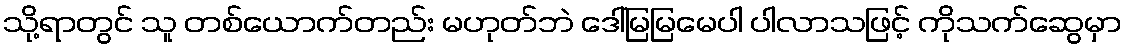
သို့ရာတွင် သူ တစ်ယောက်တည်း မဟုတ်ဘဲ ဒေါ်မြမြမေပါ ပါလာသဖြင့် ကိုသက်ဆွေမှာ